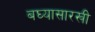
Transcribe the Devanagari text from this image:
बघ्‍यासारखी